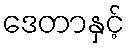
ဒေတာနှင့်